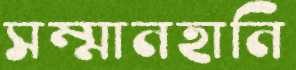
সম্মানহানি